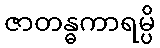
ဇာတန္ဓကာရမ္ပိ